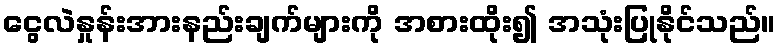
ငွေလဲနှုန်းအားနည်းချက်များကို အစားထိုး၍ အသုံးပြုနိုင်သည်။